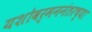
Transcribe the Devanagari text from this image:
यशोवर्मननंतरच्या